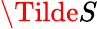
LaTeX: \Tilde{S}